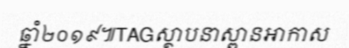
ឆ្នាំ២០១៩៕TAGស្ថាបនាស្ពានអាកាស